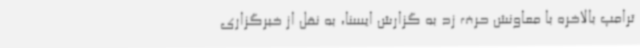
ترامپ بالاخره با معاونش حرف زد به گزارش ایسنا، به نقل از خبرگزاری